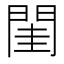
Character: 閨